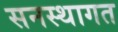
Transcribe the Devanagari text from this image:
सनस्थागत